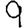
Digit: 9